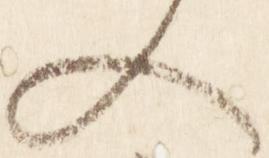
入